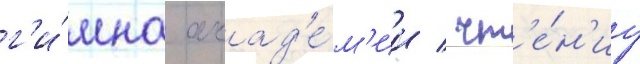
г'и́мна акад'е́м'ии / чт'е́н'иу